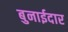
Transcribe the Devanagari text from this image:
बुनाईदार